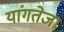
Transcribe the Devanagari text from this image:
यांगतेज।